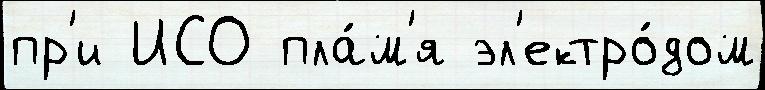
пр'и ИСО пла́м'я эл'ектро́дом